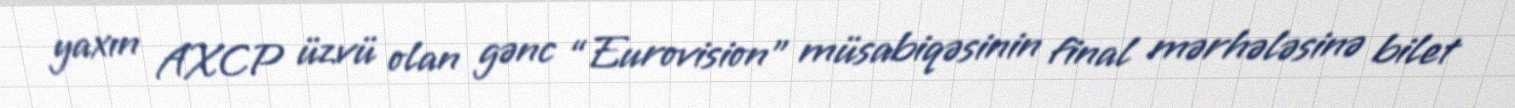
yaxın AXCP üzvü olan gənc “Eurovision” müsabiqəsinin final mərhələsinə bilet